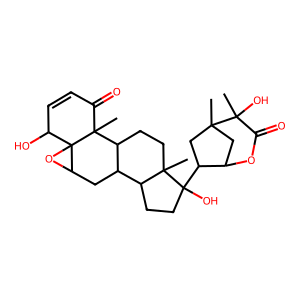
SMILES: CC12CC(OC(=O)C1(C)O)C(C1(O)CCC3C4CC5OC56C(O)C=CC(=O)C6(C)C4CCC31C)C2
Inhibits HIV replication: No